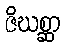
ဇိဃစ္ဆာ